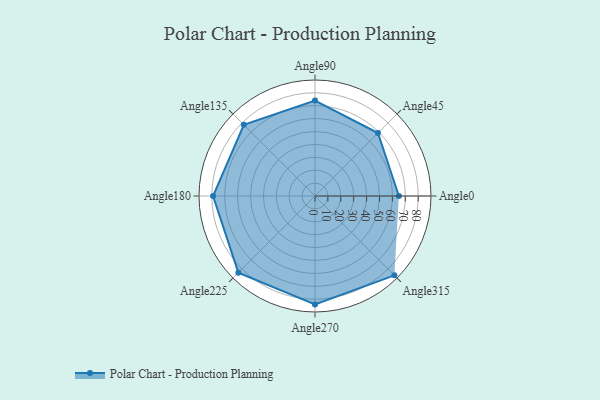
{"axis": {"x": "Angle", "y": "Radius"}, "legend": [""], "data": [{"x": "Angle0", "y": 65.0, "type": ""}, {"x": "Angle45", "y": 69.0, "type": ""}, {"x": "Angle90", "y": 74.0, "type": ""}, {"x": "Angle135", "y": 78.0, "type": ""}, {"x": "Angle180", "y": 79.0, "type": ""}, {"x": "Angle225", "y": 84.0, "type": ""}, {"x": "Angle270", "y": 84.0, "type": ""}, {"x": "Angle315", "y": 87.0, "type": ""}]}